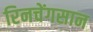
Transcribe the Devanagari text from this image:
रिनचेंगसान